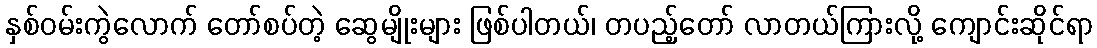
နှစ်ဝမ်းကွဲလောက် တော်စပ်တဲ့ ဆွေမျိုးများ ဖြစ်ပါတယ်၊ တပည့်တော် လာတယ်ကြားလို့ ကျောင်းဆိုင်ရာ